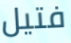
فتيل